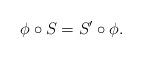
LaTeX: \begin{gather*}\phi\circ S=S'\circ \phi.\end{gather*}